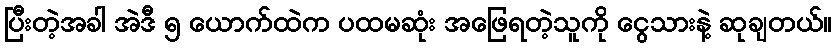
ပြီးတဲ့အခါ အဲဒီ ၅ ယောက်ထဲက ပထမဆုံး အဖြေရတဲ့သူကို ငွေသားနဲ့ ဆုချတယ်။